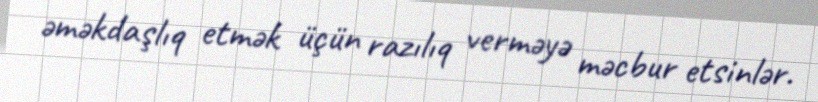
əməkdaşlıq etmək üçün razılıq verməyə məcbur etsinlər.